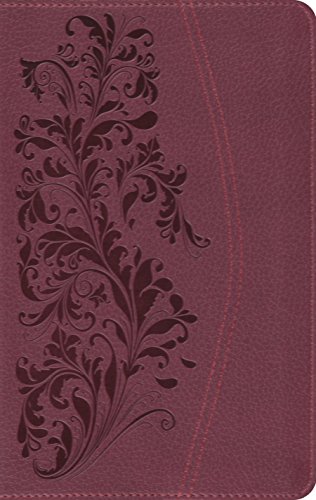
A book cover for ESV Compact Bible (TruTone, Ruby, Bloom Design); ESV Bibles by Crossway; Science & Math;